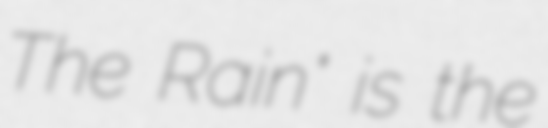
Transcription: The Rain" is the